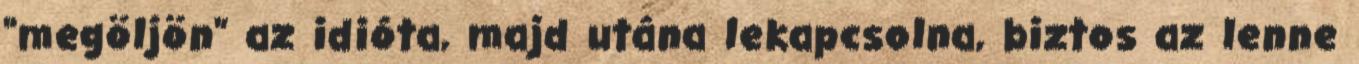
"megöljön" az idióta, majd utána lekapcsolna, biztos az lenne